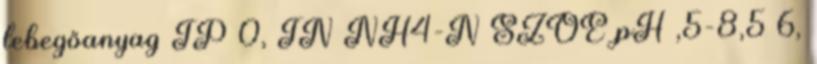
lebegőanyag TP 0, TN NH4-N SZOE pH ,5-8,5 6,